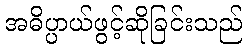
အဓိပ္ပာယ်ဖွင့်ဆိုခြင်းသည်